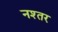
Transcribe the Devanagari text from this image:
नश्तर